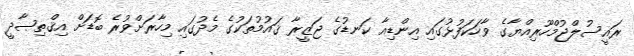
ރައީސުލްޖުމްހޫރިއްޔާގެ ވާހަކަފުޅުގައި އިންޑިއާ ކަނޑުގެ ޖަޒީރާ ޤައުމުތަކުގެ މެދުގައި މިހާރަށްވުރެ ބޮޑަށް އިޤްތިޞާދީ